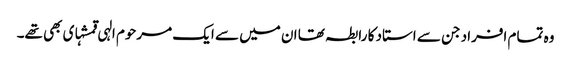
وہ تمام افراد جن سے استاد کا رابطہ تھا ان میں سے ایک مرحوم الہی قمشہ‏ای بھی تھے۔